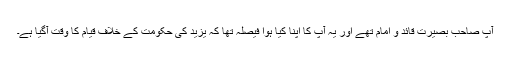
آپ صاحب بصیرت قائد و امام تھے اور یہ آپ کا اپنا کیا ہوا فیصلہ تھا کہ یزید کی حکومت کے خلاف قیام کا وقت آگیا ہے۔